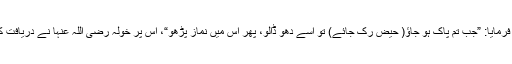
آپ صلی اللہ علیہ وسلم نے فرمایا: ”جب تم پاک ہو جاؤ( حیض رک جائے) تو اسے دھو ڈالو، پھر اس میں نماز پڑھو“، اس پر خولہ رضی اللہ عنہا نے دریافت کیا: اگر خون زائل نہ ہو تو؟